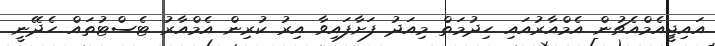
އައިޖީއެމްއެޗުން އެމްއާރުއައި ހިދުމަތް މިއަދު ފަށާފައިވާ އިރު ކުރިން އެމްއާރު ޓެސްޓުތައް ހެދޭނީ